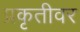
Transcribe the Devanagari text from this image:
प्रकृतीवर